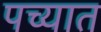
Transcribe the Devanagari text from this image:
पच्यात